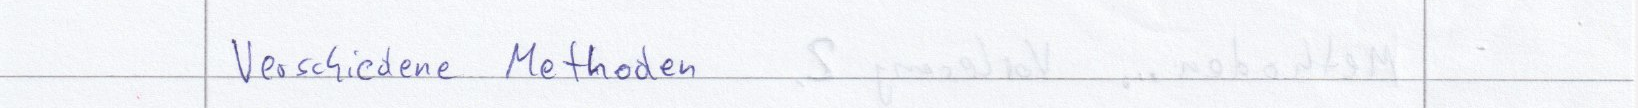
Verschiedene Methoden